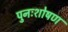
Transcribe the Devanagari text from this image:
पुनःशोषण